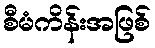
စီမံကိန်းအဖြစ်